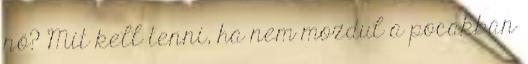
nő? Mit kell tenni, ha nem mozdul a pocakban